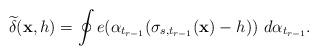
LaTeX: \begin{align*}\widetilde{\delta}(\mathbf{x},h) = \oint e(\alpha_{t_{r-1}} (\sigma_{s,t_{r-1}}(\mathbf{x}) - h_{} ))\ d \alpha_{t_{r-1}} .\end{align*}